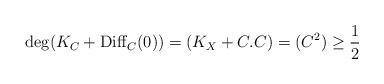
LaTeX: \begin{align*}\deg(K_{C}+\mathrm{Diff}_{C}(0))=(K_{X}+C.C)=(C^{2})\ge\frac{1}{2}\end{align*}